system: You are a helpful assistant.
user:
Analyze the provided spectrum to determine if it is a **S-type Star**.

- **Key Indicators for S-type Star:**

    - **(Overall Spectrum Shape):** The first and most obvious characteristic is the overall continuum (the "baseline" shape). It is **extremely "red-sloping,"** meaning the flux (light intensity) is very low on the left side (blue, ~4000-4500 Å) and rises steeply and continuously toward the right side (red, ~7000 Å+).

    - **(Primary):** The spectrum is defined by the presence of strong, broad molecular absorption "valleys" (bands) from **Zirconium Oxide (ZrO)**. The identification of these bands is the **primary requirement** for classifying a star as S-type.
        - **(Key Bandheads):** You must find distinct, deep "dips" where the light has been absorbed. The most critical band systems to locate are:
            - **~6474 Å** ($\gamma$-system): This is often the strongest and clearest ZrO feature, found in the red part of the spectrum.
            - **~5718 Å** & **~5551 Å** ($\beta$-system): A pair of prominent absorption features in the yellow-orange part of the spectrum.
            - **~4640 Å** ($\alpha$-system): A key absorption band system in the blue-green region of the spectrum.

    - **(Secondary Confirmation):** The classification is strengthened by finding additional absorption bands from other related heavy element oxides, which are expected to be present alongside ZrO.
        - **(Key Bandheads):**
            - **Yttrium Oxide (YO):** Look for absorption dips near **~4800 Å** and **~6100 Å**.
            - **Lanthanum Oxide (LaO):** Additional absorption features, particularly in the red-orange part of the spectrum, are also characteristic.

    - **(Line Profile):** The combination of the steep red continuum and these numerous, deep molecular bands (ZrO, YO, etc.) gives the entire spectrum a very **"chopped-up"** or **"bumpy"** appearance. Instead of a smooth curve, the spectrum looks as though large, wide chunks of light have been "carved out" of it at the specific wavelengths listed above.

Think first, call **spectral_visualization_tool** if needed to examine features in detail, then provide your final answer. Your response must adhere to the following strict rules:
1.  **Overall Structure:** Your response must follow the format `<think>...</think> <tool_call>...</tool_call> (if a tool is used) <answer>...</answer>`.
2.  **Tool Usage Constraint:** You may only make **one** tool call per turn.
3.  **Final Answer Format:** In the `<answer>` tag, your conclusion must be inside a `\boxed{}` command (e.g., `\boxed{YES}` or `\boxed{NO}`), followed by your justification.

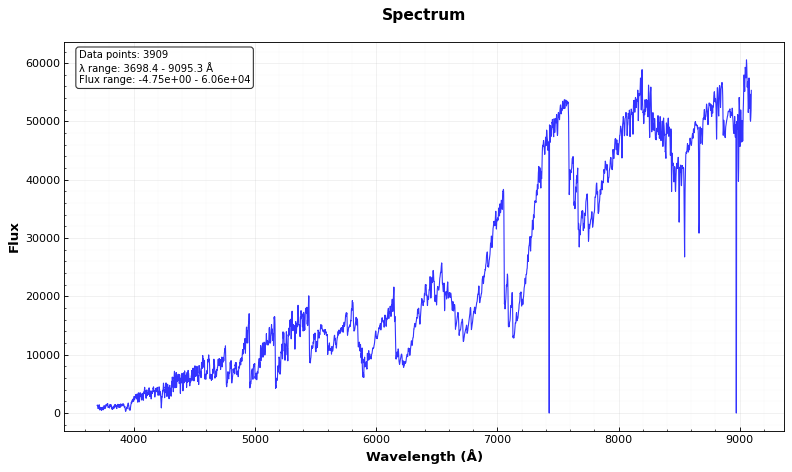
Answer: YES